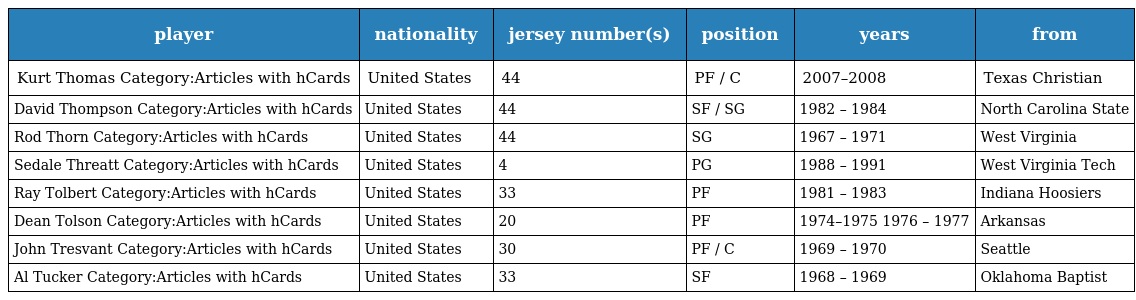
| player | nationality | jersey number(s) | position | years | from |
 | --- | --- | --- | --- | --- | --- |
 | Kurt Thomas Category:Articles with hCards | United States | 44 | PF / C | 2007–2008 | Texas Christian |
 | David Thompson Category:Articles with hCards | United States | 44 | SF / SG | 1982 – 1984 | North Carolina State |
 | Rod Thorn Category:Articles with hCards | United States | 44 | SG | 1967 – 1971 | West Virginia |
 | Sedale Threatt Category:Articles with hCards | United States | 4 | PG | 1988 – 1991 | West Virginia Tech |
 | Ray Tolbert Category:Articles with hCards | United States | 33 | PF | 1981 – 1983 | Indiana Hoosiers |
 | Dean Tolson Category:Articles with hCards | United States | 20 | PF | 1974–1975 1976 – 1977 | Arkansas |
 | John Tresvant Category:Articles with hCards | United States | 30 | PF / C | 1969 – 1970 | Seattle |
 | Al Tucker Category:Articles with hCards | United States | 33 | SF | 1968 – 1969 | Oklahoma Baptist |